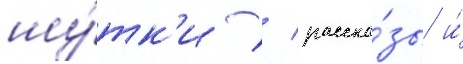
шу́тк'и / расска́зы и́